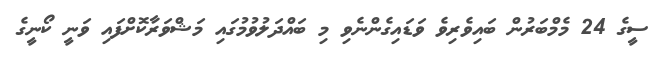
ސީގެ 24 މެމްބަރުން ބައިވެރިވެ ވަޑައިގެންނެވި މި ބައްދަލުވުމުގައި މަޝްވަރާކޮށްފައި ވަނީ ކޯނީގެ